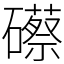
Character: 礤